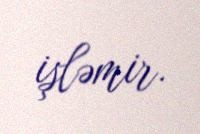
işləmir.